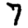
Digit: 7